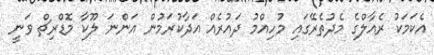
އެކަމަކު ރެއާލްގެ މެދުތެރޭގައި މުހިއްމު ދައުރެއް އަދާކުރަމުން އަންނަ ލޫކާ މޮޑްރިޗް ވަނީ